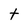
Character: t